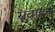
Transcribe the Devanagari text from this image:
सुवाहय़